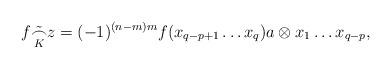
LaTeX: \begin{align*} f \tilde{\underset{K}{\frown}} z = (-1)^{(n-m)m} f(x_{q-p+1} \ldots x_q)a \otimes x_1 \ldots x_{q-p},\end{align*}